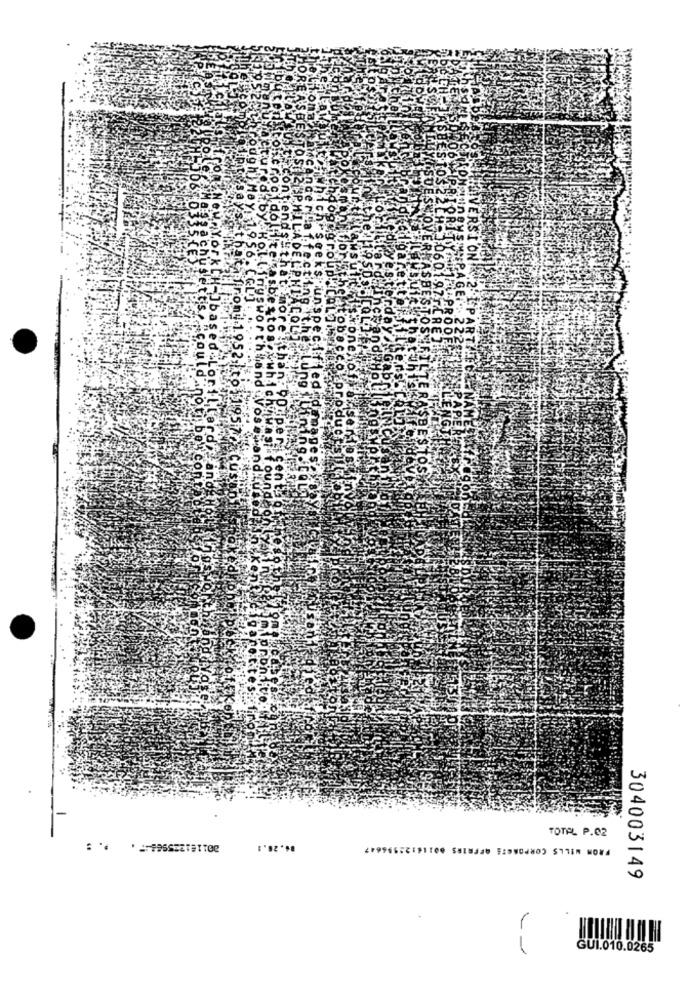
BE
TO.S
TOTAL P.02
06.28.1
FROM WILLS CORPORATE AFFAIRS 6011
304003149
GUI.010.0265